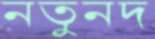
নতুনদ